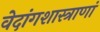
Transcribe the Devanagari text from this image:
वेदांगशास्त्राणां